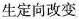
生定向改变